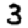
Digit: 3